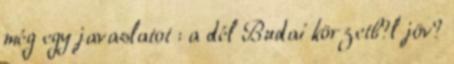
még egy javaslatot : a dél Budai körzetb?l jöv?